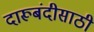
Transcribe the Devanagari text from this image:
दारूबंदीसाठी